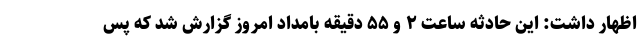
اظهار داشت: این حادثه ساعت ۲ و ۵۵ دقیقه بامداد امروز گزارش شد که پس